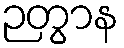
ဉတွာန